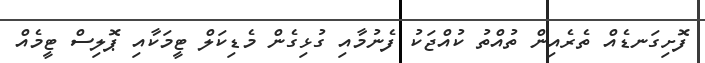
ފޮށިގަނޑެއް ތެރެއިން ތުއްތު ކުއްޖަކު ފެނުމާއި ގުޅިގެން މެޑިކަލް ޓީމަކާއި ޕޮލިސް ޓީމެއް